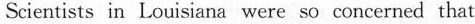
Scientists in Louisiana were so concerned that